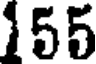
155